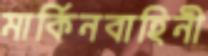
মার্কিনবাহিনী